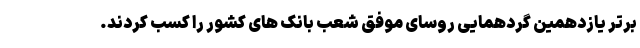
برتر یازدهمین گردهمایی روسای موفق شعب بانک های کشور را کسب کردند.